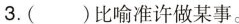
3.( )比喻准许做某事。